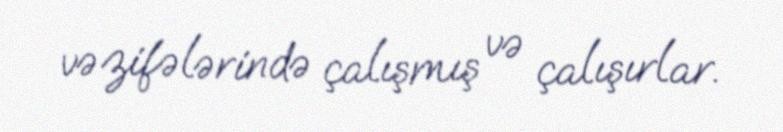
vəzifələrində çalışmış və çalışırlar.